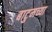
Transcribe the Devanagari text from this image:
बाटुमच्या